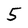
Character: 5